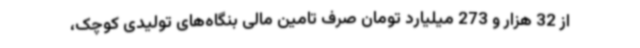
از 32 هزار و 273 میلیارد تومان صرف تامین مالی بنگاه‌های تولیدی کوچک،